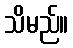
သိမည်။